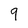
Character: 9